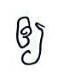
ឲ្យ